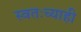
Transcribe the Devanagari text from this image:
स्वतःच्याही